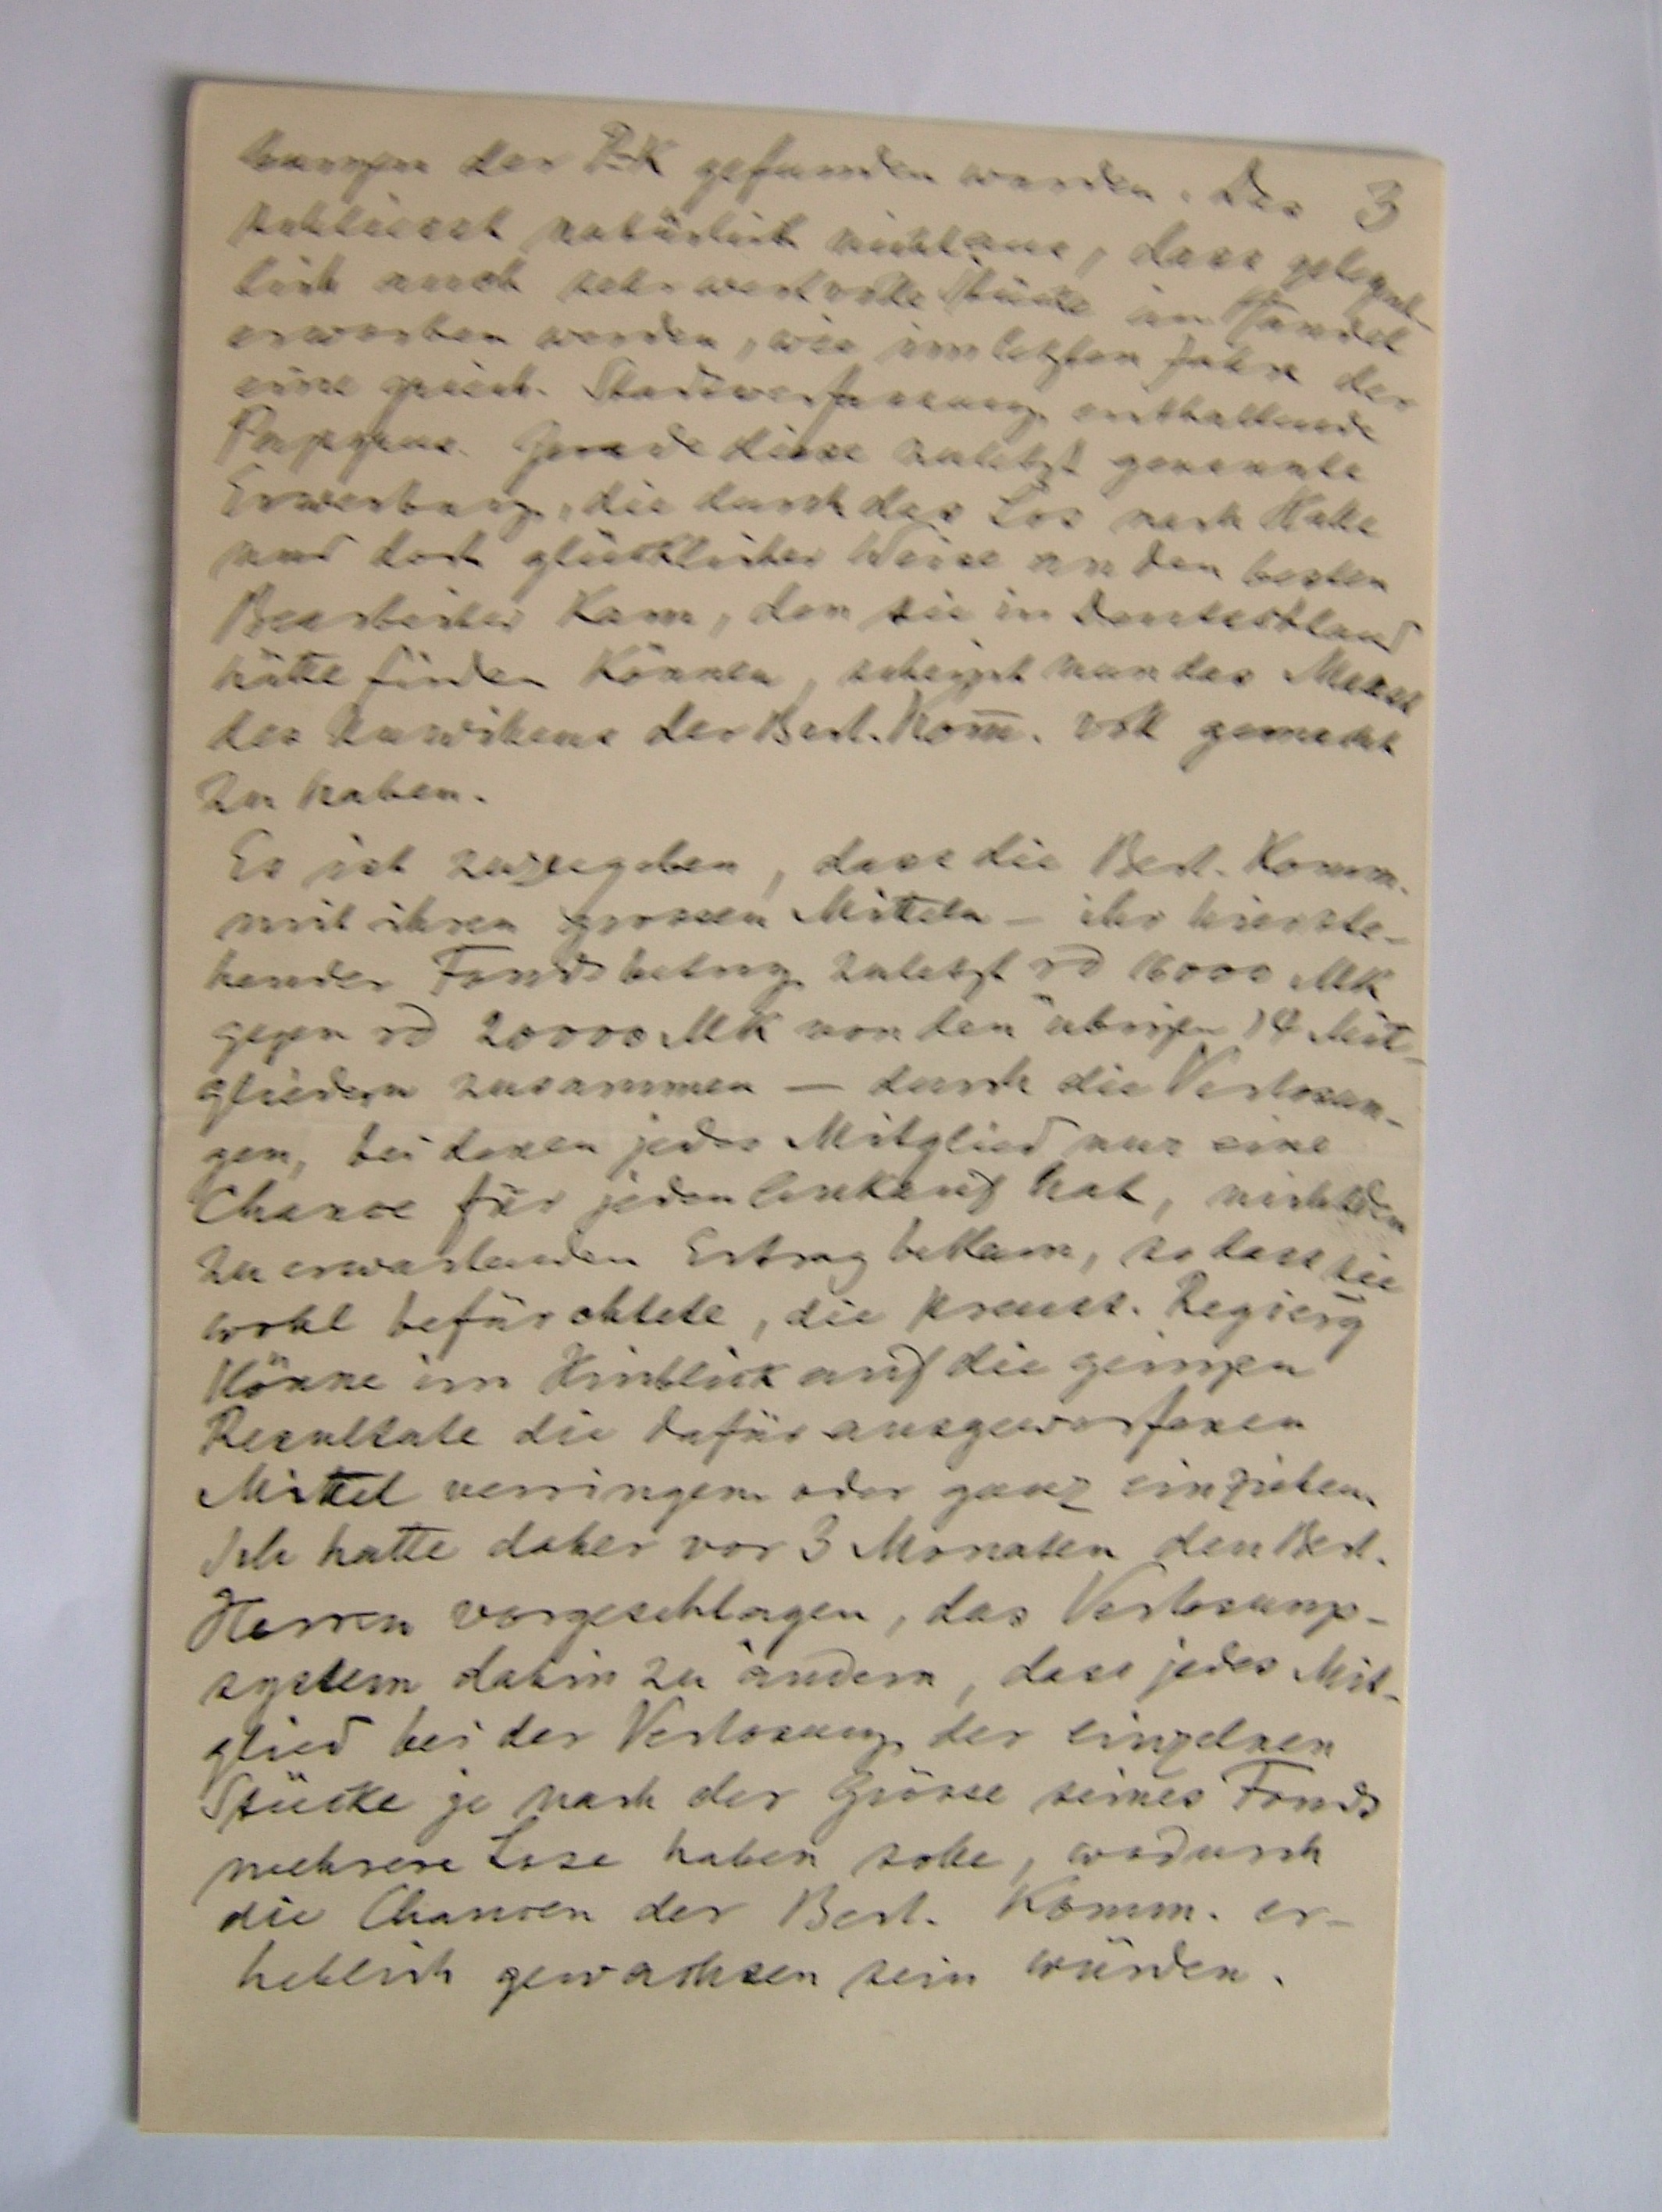
3
bungen der P.-K. gefunden wurden. Das
schliesst natürlich nicht aus, dass gelegent¬
lich noch sehr wertvolle Stücke im Handel
erworben werden, wie im letzten Jahre der
eine griech. Stadtverfassung enthaltende
Papyrus. Gerade diese zuletzt genannte
Erwerbung, die durch das Los nach Halle
und dort glücklicher Weise an den besten
Bearbeiter kam, den sie in Deutschland
hätte finden können, scheint nun das Maass
des Unwillens der Berl. Komm. voll gemacht
zu haben.
Es ist zuzugeben, dass die Berl. Komm.
mit ihren grossen Mitteln – ihr hierste¬
hender Fonds betrug zulettz rd. 16000 MK
gegen rd 20000 MK von den übrigen 14 Mit¬
gliedern zusammen – durch die Verlosun¬
gen, dei denen jedes Mitglied nur eine
Chance für jeden Ankauf hat, nicht den
zu erwartenden Ertrag bekam, so dass sie
wohl befürchtete, die preiss. Regierg
könne im Hinblick auf die geringen
Resultate die dafür ausgeworfenen
Mittel verringern oder ganz einziehen.
Ich hatte daher vor 3 Monaten den Berl.
Herren vorgeschlagen, das Verlosung¬
ssystem dahin zu ündern, dass jedes Mitg¬
lied bei der Verlosung der einzelnen
Stücke je nach der Grösse seines Fonds
mehrere Lose haben solle, wodurch
die Chancen der Berl. Komm. er¬
heblich gewachsten sein würden.